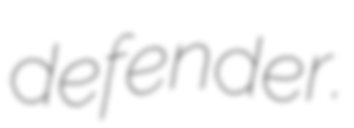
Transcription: defender.